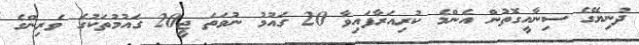
ދުނިޔޭގެ ސިނާއީގޮތުން އެންމެ ކުރިއަރާފައިވާ 20 ގައުމު ނުވަތަ ޖީ20 ގައުމުތަކުގެ ވެރިންގެ